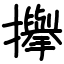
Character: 㩮